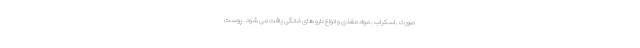
صورت , اسکراب , مواد مغذی و انواع دارو های خانگی یافت می شود . پوست